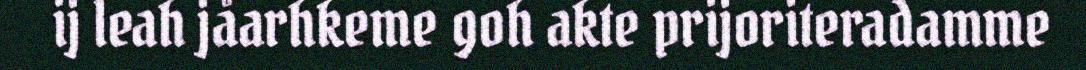
ij leah jåarhkeme goh akte prijoriteradamme